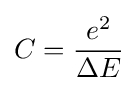
C={\frac {e^{2}}{\Delta E}}